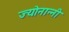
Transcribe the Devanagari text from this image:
ज्योनान्नी